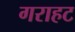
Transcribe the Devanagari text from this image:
गराहट